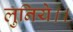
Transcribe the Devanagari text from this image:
लुनिये।।